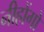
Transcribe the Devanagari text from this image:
नीहोंगो